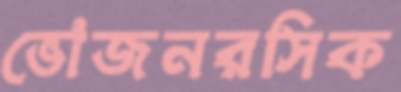
ভোজনরসিক